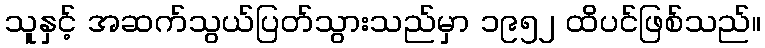
သူနှင့် အဆက်သွယ်ပြတ်သွားသည်မှာ ၁၉၅၂ ထိပင်ဖြစ်သည်။